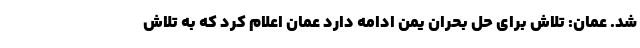
شد. عمان: تلاش برای حل بحران یمن ادامه دارد عمان اعلام کرد که به تلاش